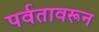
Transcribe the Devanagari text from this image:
पर्वतावरून